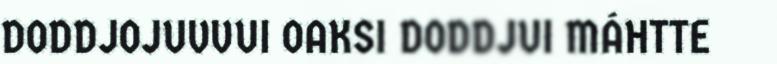
DODDJOJUVVUI OAKSI DODDJUI MÁHTTE